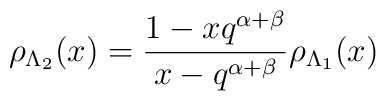
\rho_{\Lambda_2}(x)=\frac{1-xq^{\alpha+\beta}}{x-q^{\alpha+\beta}}  \rho_{\Lambda_1}(x)